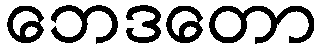
ဘေဒတော